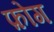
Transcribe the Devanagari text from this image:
फ़ोग